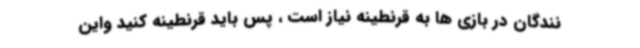
نندگان در بازی ها به قرنطینه نیاز است ، پس باید قرنطینه کنید واین